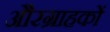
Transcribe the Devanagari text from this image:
औरग्राहकों